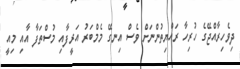
ދިވެހިރާއްޖޭގެ ހުރިހާ ރައްޔިތުންނަށް ވެސް އިނގޭ މެމްބަރު އަރީފާއި މުސްތަފާ އާއި މިއީ